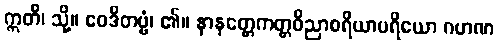
ဣတိ၊ သို့။ ဝေဒိတဗ္ဗံ၊ ၏။ နာနတ္တေကတ္တဝိညာစရိယာပရိယော ဂဟဏ